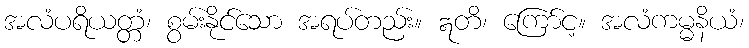
အလံပရိယတ္တံ၊ စွမ်းနိုင်သော အရပ်တည်း။ ဣတိ၊ ကြော်င့။ အလံကမ္မနိယံ၊